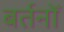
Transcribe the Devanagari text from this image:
बर्तनोँ